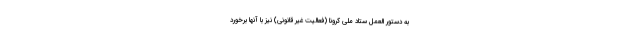
به دستور العمل ستاد ملی کرونا (فعالیت غیر قانونی) نیز با آنها برخورد